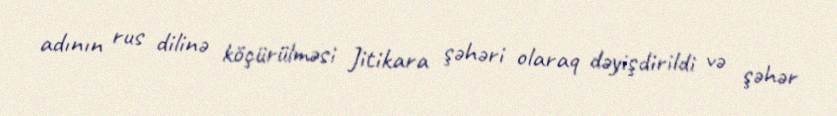
adının rus dilinə köçürülməsi Jitikara şəhəri olaraq dəyişdirildi və şəhər